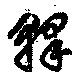
釋